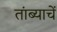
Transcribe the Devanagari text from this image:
तांब्याचें